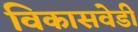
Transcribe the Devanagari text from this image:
विकासवेडी